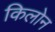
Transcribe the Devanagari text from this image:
किलोन